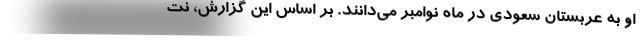
او به عربستان سعودی در ماه نوامبر می‌دانند. بر اساس این گزارش، نت